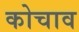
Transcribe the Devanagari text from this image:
कोचाव